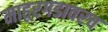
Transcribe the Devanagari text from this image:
माहूरगडावरच